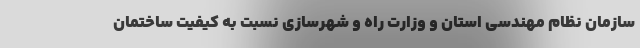
سازمان نظام مهندسی استان و وزارت راه و شهرسازی نسبت به کیفیت ساختمان